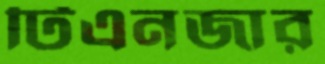
টিএনজার